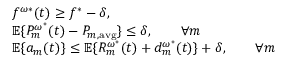
\begin{array} { r l } & { f ^ { \omega * } ( t ) \geq f ^ { * } - \delta , } \\ & { \mathbb { E } \{ P _ { m } ^ { \omega ^ { * } } ( t ) - P _ { m , \mathrm { a v g } } \} \leq \delta , \qquad \forall m } \\ & { \mathbb { E } \{ a _ { m } ( t ) \} \leq \mathbb { E } \{ R _ { m } ^ { \omega ^ { * } } ( t ) + d _ { m } ^ { \omega ^ { * } } ( t ) \} + \delta , \qquad \forall m } \end{array}